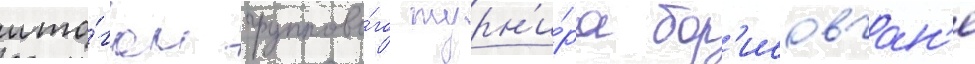
ито́гам группово́го турн'и́ра бор'исовчан'е